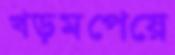
খড়মপেয়ে